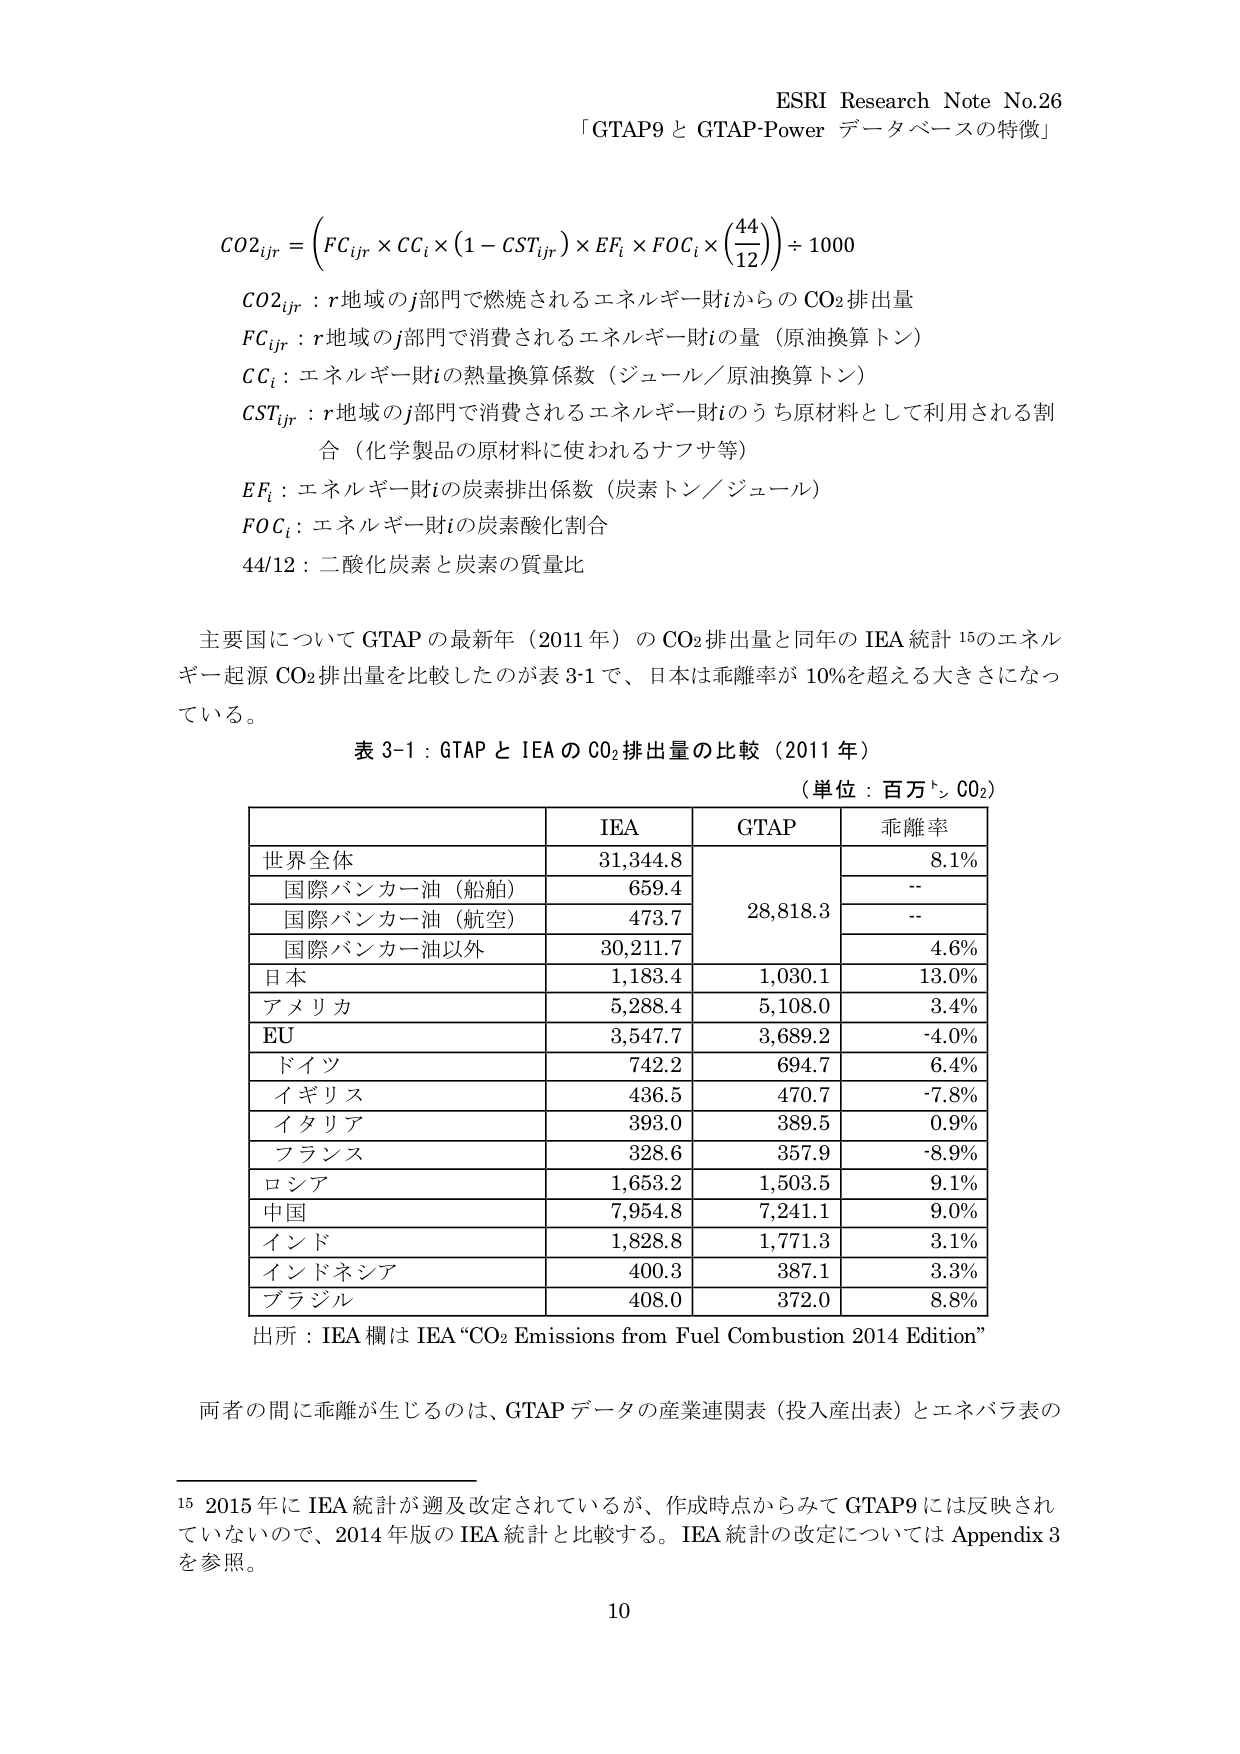
ESRI Research Note No.26
「GTAP9 と GTAP-Power データベースの特徴」

CO2_{ijr} = \left( FC_{ijr} \times CC_i \times \left(1 - CST_{ijr}\right) \times EF_i \times FOC_i \times \left(\frac{44}{12}\right) \right) \div 1000

CO2_{ijr} : r地域のj部門で燃焼されるエネルギー財iからのCO₂排出量
FC_{ijr} : r地域のj部門で消費されるエネルギー財iの量（原油換算トン）
CC_i : エネルギー財iの熱量換算係数（ジュール／原油換算トン）
CST_{ijr} : r地域のj部門で消費されるエネルギー財iのうち原材料として利用される割合（化学製品の原材料に使われるナフサ等）
EF_i : エネルギー財iの炭素排出係数（炭素トン／ジュール）
FOC_i : エネルギー財iの炭素酸化割合
44/12 : 二酸化炭素と炭素の質量比

主要国についてGTAPの最新年（2011年）のCO₂排出量と同年のIEA統計¹⁵のエネルギー起源CO₂排出量を比較したのが表3-1で、日本は乖離率が10%を超える大きさになっている。

表3-1：GTAPとIEAのCO₂排出量の比較（2011年）
（単位：百万トンCO₂）

| | IEA | GTAP | 乖離率 |
|---|---|---|---|
| 世界全体 | 31,344.8 | | 8.1% |
| 国際バンカー油（船舶） | 659.4 | 28,818.3 | -- |
| 国際バンカー油（航空） | 473.7 | | -- |
| 国際バンカー油以外 | 30,211.7 | | 4.6% |
| 日本 | 1,183.4 | 1,030.1 | 13.0% |
| アメリカ | 5,288.4 | 5,108.0 | 3.4% |
| EU | 3,547.7 | 3,689.2 | -4.0% |
| ドイツ | 742.2 | 694.7 | 6.4% |
| イギリス | 436.5 | 470.7 | -7.8% |
| イタリア | 393.0 | 389.5 | 0.9% |
| フランス | 328.6 | 357.9 | -8.9% |
| ロシア | 1,653.2 | 1,503.5 | 9.1% |
| 中国 | 7,954.8 | 7,241.1 | 9.0% |
| インド | 1,828.8 | 1,771.3 | 3.1% |
| インドネシア | 400.3 | 387.1 | 3.3% |
| ブラジル | 408.0 | 372.0 | 8.8% |

出所：IEA欄はIEA“CO₂ Emissions from Fuel Combustion 2014 Edition”

両者の間に乖離が生じるのは、GTAPデータの産業連関表（投入産出表）とエネバラ表の

¹⁵ 2015年にIEA統計が週及改定されているが、作成時点からみてGTAP9には反映されていないので、2014年版のIEA統計と比較する。IEA統計の改定についてはAppendix 3を参照。

10